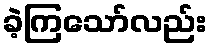
ခဲ့ကြသော်လည်း